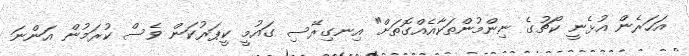
އަހަރެން އުޅެނީ ކޯޗުގެ ނިންމުންތަކާއެއްގޮތަށް" އިނގިރޭސި ގައުމީ ކީޕަރުކަން ވެސް ކުރަމުން އަންނަ